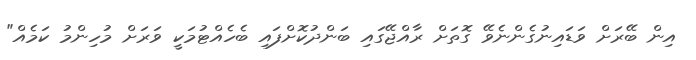
އިން ބޭރަށް ވަޑައިނުގެންނެވޭ ގޮތަށް ރާއްޖޭގައި ބަންދުކޮށްފައި ބެހެއްޓުމަކީ ވަރަށް މުހިންމު ކަމެއް"